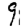
Digit: 9